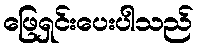
ဖြေရှင်းပေးပါသည်